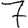
Digit: 7